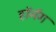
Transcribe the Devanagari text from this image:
हॉर्नंग